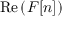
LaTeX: \operatorname { R e } { ( F [ n ] ) }